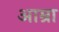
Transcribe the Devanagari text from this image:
आम्रा